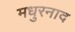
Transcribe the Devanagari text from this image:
मधुरनाद